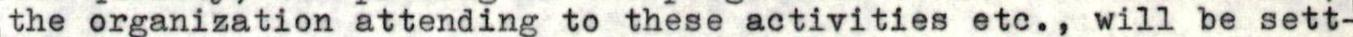
the organization attending to these activities etc., will be sett-